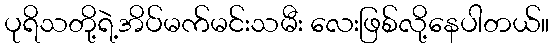
ပုရိသတို့ရဲ့အိပ်မက်မင်းသမီး လေးဖြစ်လို့နေပါတယ်။